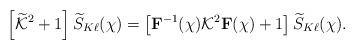
LaTeX: \begin{align*}\left[ {\widetilde {\mathcal K}}^2+1\right]{\widetilde S}_{ K\ell}(\chi) =\left[ {\mathbf F}^{-1}(\chi){{\mathcal K}^2}{\mathbf F}(\chi)+1\right] {\widetilde S}_{ K \ell}(\chi).\end{align*}